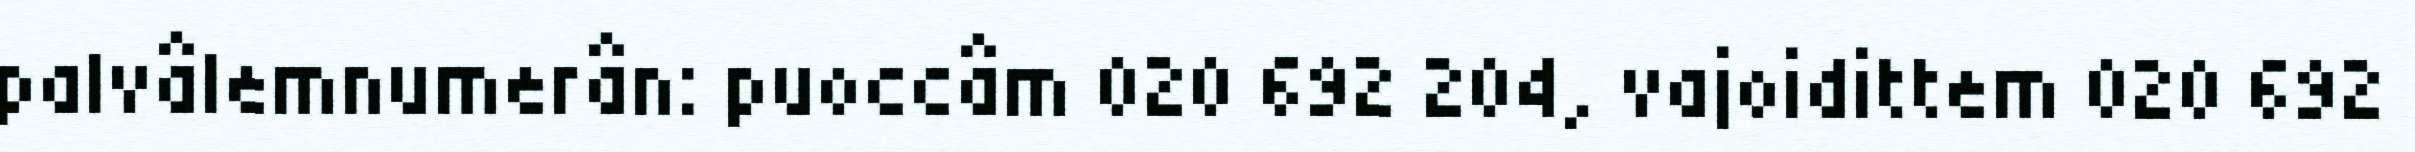
palvâlemnumerân: puoccâm 020 692 204, vajoidittem 020 692